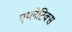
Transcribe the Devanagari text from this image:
एथ्लेटिक्स